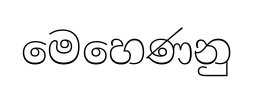
මෙහෙණනු